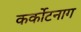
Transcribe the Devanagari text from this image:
कर्कोटनाग